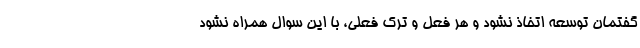
گفتمان توسعه اتخاذ نشود و هر فعل و ترک فعلی، با این سوال همراه نشود